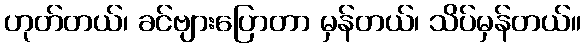
ဟုတ်တယ်၊ ခင်ဗျားပြောတာ မှန်တယ်၊ သိပ်မှန်တယ်။